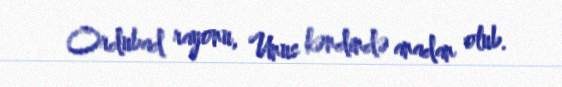
Ordubad rayonu, Unus kəndində anadan olub.